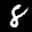
Label: 8